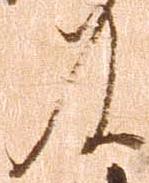
及